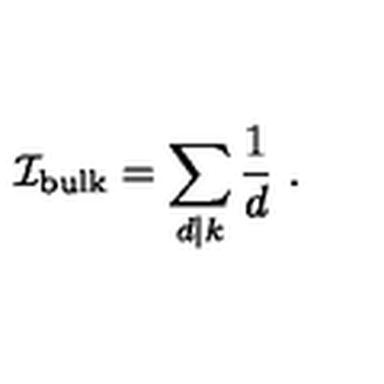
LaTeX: { \cal I } _ { \mathrm { b u l k } } = \sum _ { d | k } \frac { 1 } { d } \ .